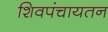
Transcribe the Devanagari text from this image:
शिवपंचायतन